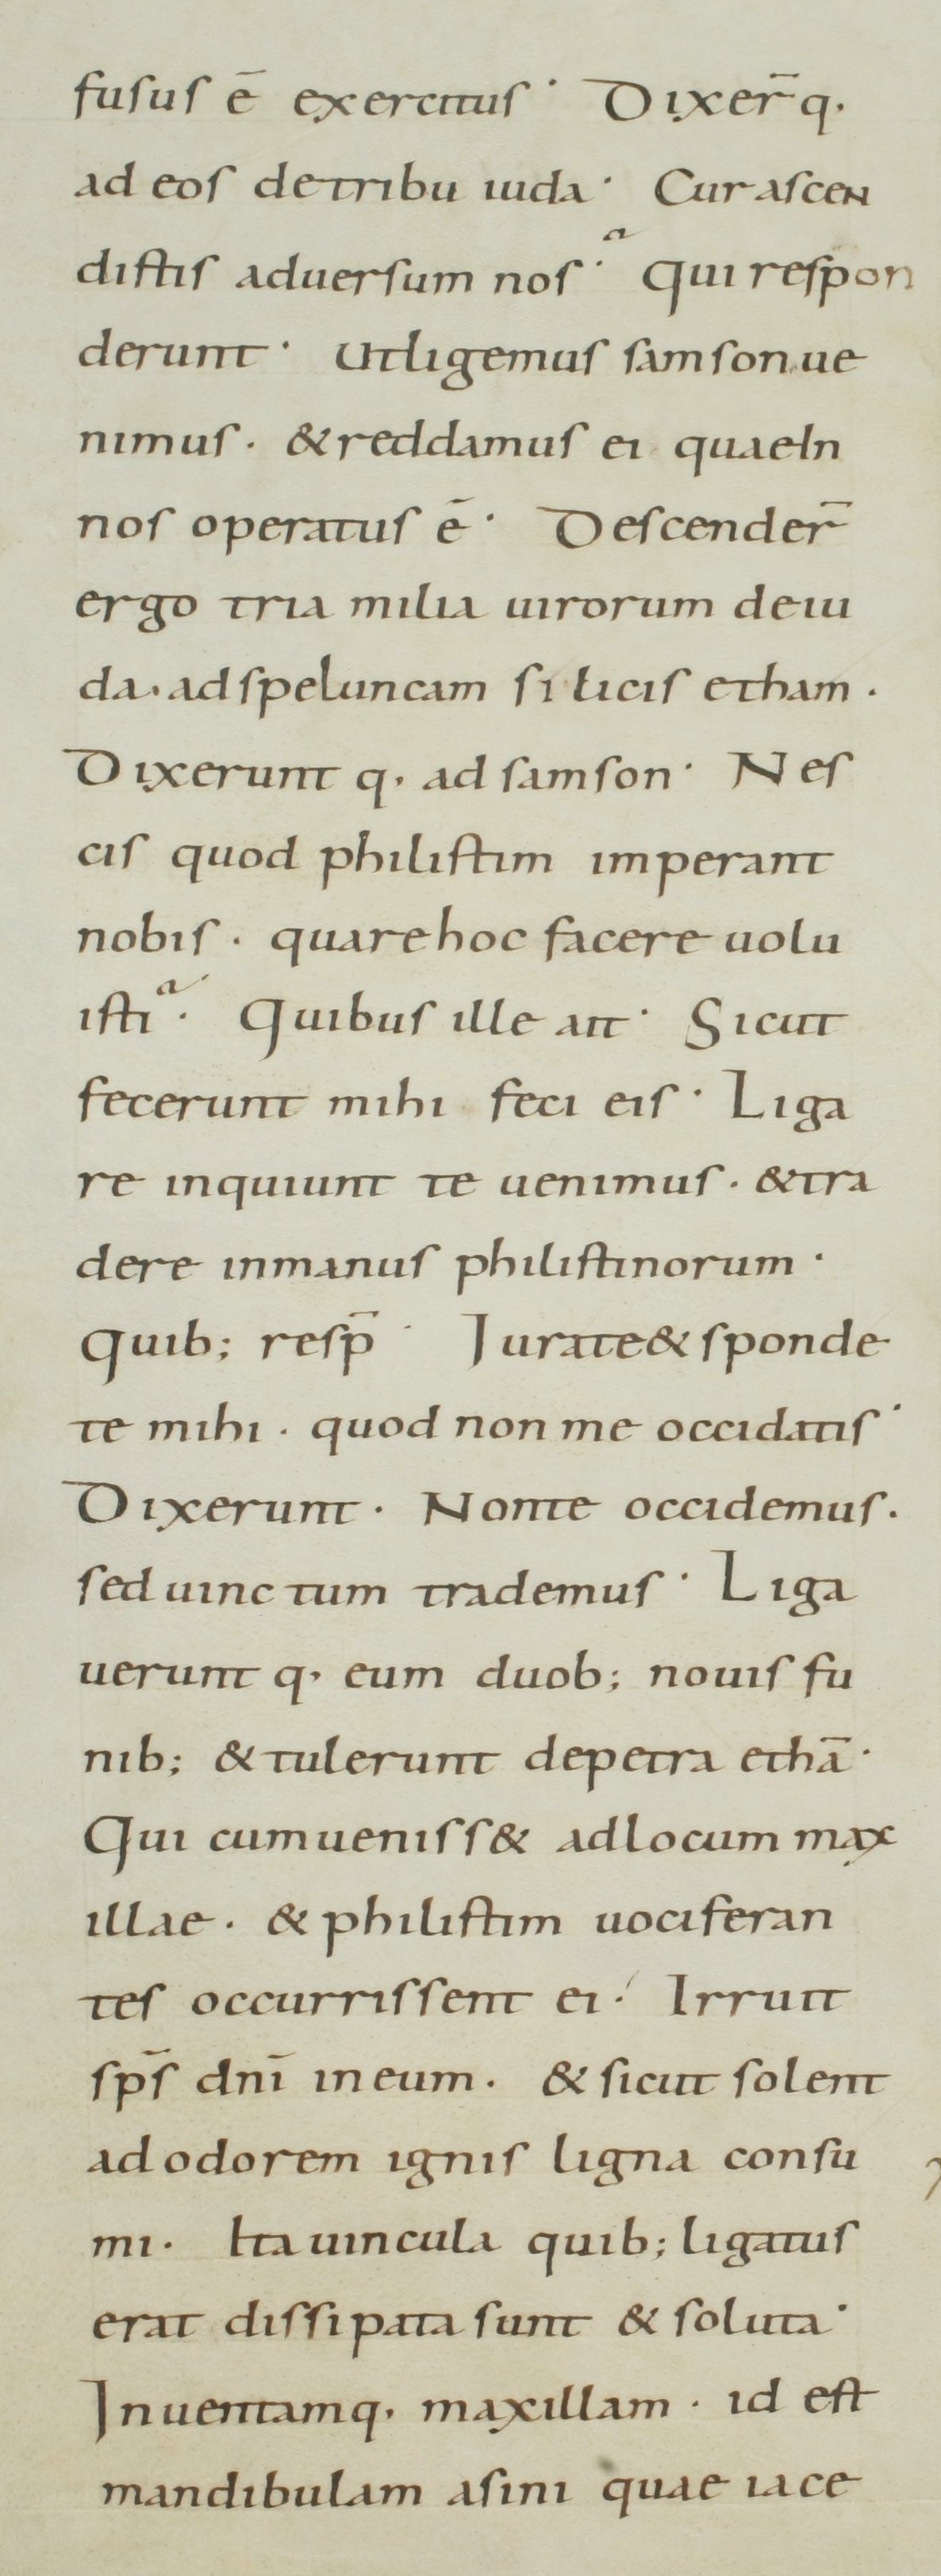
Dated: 800–899